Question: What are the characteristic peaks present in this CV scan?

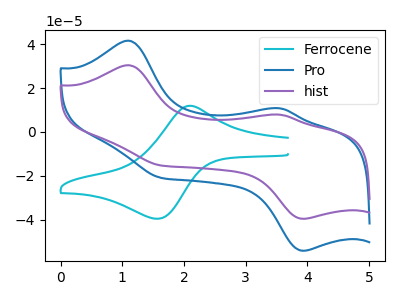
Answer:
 <answer>The cyan curve "Ferrocene" has an anodic peak at (2.10V, 11.90uA) and a cathodic peak at (1.55V, -39.60uA). The blue curve "Pro" has anodic peaks at (1.10V, 41.55uA) (3.55V, 10.70uA) and cathodic peaks at (3.90V, -54.10uA) (1.60V, -20.90uA). The purple curve "hist" has anodic peaks at (1.10V, 30.40uA) (3.55V, 7.85uA) and cathodic peaks at (3.90V, -39.55uA) (1.60V, -15.25uA).</answer>
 <eval></eval>